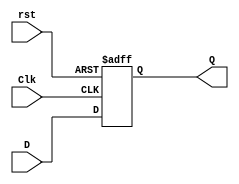
module D_ff_AR(Q,D,Clk,rst);
	output Q;
	input D,Clk,rst;
	reg Q;
	always @(posedge Clk,negedge rst)
		if(!rst) Q<=1'b0;
		else Q<=D;
endmodule